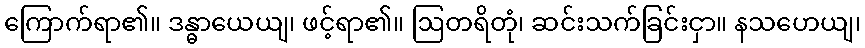
ကြောက်ရာ၏။ ဒန္ဓာယေယျ၊ ဖင့်ရာ၏။ ဩတရိတုံ၊ ဆင်းသက်ခြင်းငှာ။ နသဟေယျ၊